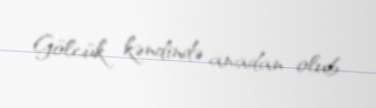
Gölcük kəndində anadan olub.